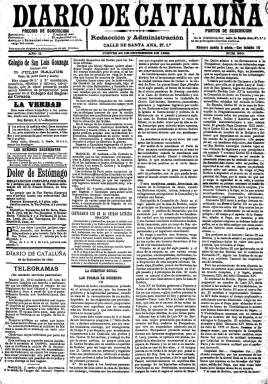
Título: Diario de Cataluña (Barcelona. 1888)
Colección: Periódicos
Ámbito geográfico: Barcelona
Lugar de publicación: Barcelona
Fechas: 26/09/1889-17/06/1891

Periódico ultracatólico fundado por el capellán Félix Sardà Salvany, autor del folleto ‘El liberalismo es pecado’, tenía como inspirador político a Ramón Nocedal y se caracterizó por criticar a otras publicaciones católicas más condescendientes con el liberalismo, como El Correo Catalán o el Diario de Barcelona.  Al primero, por ejemplo, por admitir en sus páginas una esquela de un alcalde suicida y al otro por organizar banquetes en tiempos de Cuaresma.

   El ideario del Diario de Cataluña era claro: “Venimos a sostener el tradicionalismo en toda su integridad, a combatir en el severo espacio de las doctrinas a cuantos barrenan o tergiversen los venerables fueros de Cataluña, restablecidos y promulgados nuevamente en 1872 por Don Carlos”.

   No obstante, debido a su intransigencia y a no seguir la línea marcada por el carlismo, el diario fue expulsado de sus filas junto con otros 23 periódicos españoles firmantes del llamado Manifiesto de Burgos, que daría origen al partido integrista fundado por Nocedal, director de El Siglo Futuro.

   Con cuatro páginas y compuesto a cuatro columnas, dedicaba la primera columna de portada a publicidad, así como la última página, algo que ya venía siendo habitual en los periódicos doctrinarios con el fin de financiarse. Carecía de ilustraciones aunque de vez en cuando publicaba en portada alguna imagen religiosa.

    Lógicamente, la información religiosa, como las cartas o declaraciones del Papa, era predominantes en el diario, que también contaba con una sección comercial y otra titulada ‘Telegramas’ dedicada a comentar la actualidad nacional.

   En mayo de 1891, poco antes de desaparecer, el Diario de Cataluña abrió su portada a toda página durante varios días con los discursos de Ramón Nocedal en el Congreso de los Diputados, recogiendo también las reseñas de los periódicos sobre la intervención del líder integrista.

   Joaquín Coll Astrell, su director, dimitió el 10 de junio de 1891 por una disputa con el obispado de Barcelona. El propietario decidió entonces cerrar la publicación, lo que ocurrió el día 17 de ese mes con un último número en el que en portada, a toda página, y en grandes caracteres podía leerse: “Viva el Sagrado Corazón de Jesús y su Reinado Social en España y en el mundo entero”. Los problemas económicos estuvieron en el trasfondo de la decisión de cierre, según se puede leer en la despedida del periódico y en el autoanuncio de su última página, donde se ponen a la venta 10.000 kilos de papel del periódico, que se ofrecía al mismo precio de compra siempre que el contrato se hiciera al contado  en una semana.

   Coll Astrell fundaría muy poco después, el 1 de julio de 1891, un nuevo periódico integrista con el nombre de El Diario Catalán que se publicaría hasta 1903.

   Más información sobre el Diario de Cataluña puede encontrarse en la obra ‘200 anys de prensa diària a Catalunya 1792-1992’, editado por la Fundació Caixa de Catalunya.

[Descripción publicada el 26/7/2018]